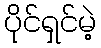
ပိုင်ရှင်မဲ့